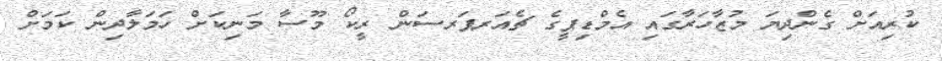
ކުރިއަށް ގެންދިޔަ މުޒާހަރާގައި އެމްޑިޕީގެ ޗެއަރޕަރސަން ރީކޯ މޫސާ މަނިކަށް ހަމަލާދިން ކަމަށް